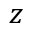
z